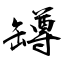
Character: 罇